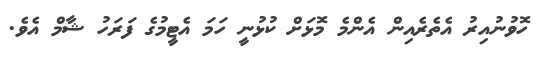
ހޮވުނުއިރު އެތެރެއިން އެންމެ މޮޅަށް ކުޅުނީ ހަމަ އެޓީމުގެ ފަރަހު ޝާމް އެވެ.